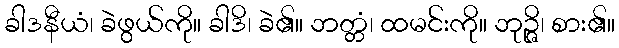
ခါဒနီယံ၊ ခဲဖွယ်ကို။ ခါဒိ၊ ခဲ၏။ ဘတ္တံ၊ ထမင်းကို။ ဘုဉ္ဇိ၊ စား၏။